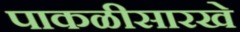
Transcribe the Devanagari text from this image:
पाकळीसारखे